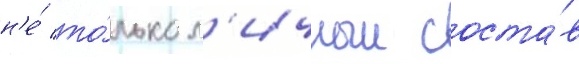
н'е́ то́лько л'ичныи соста́в